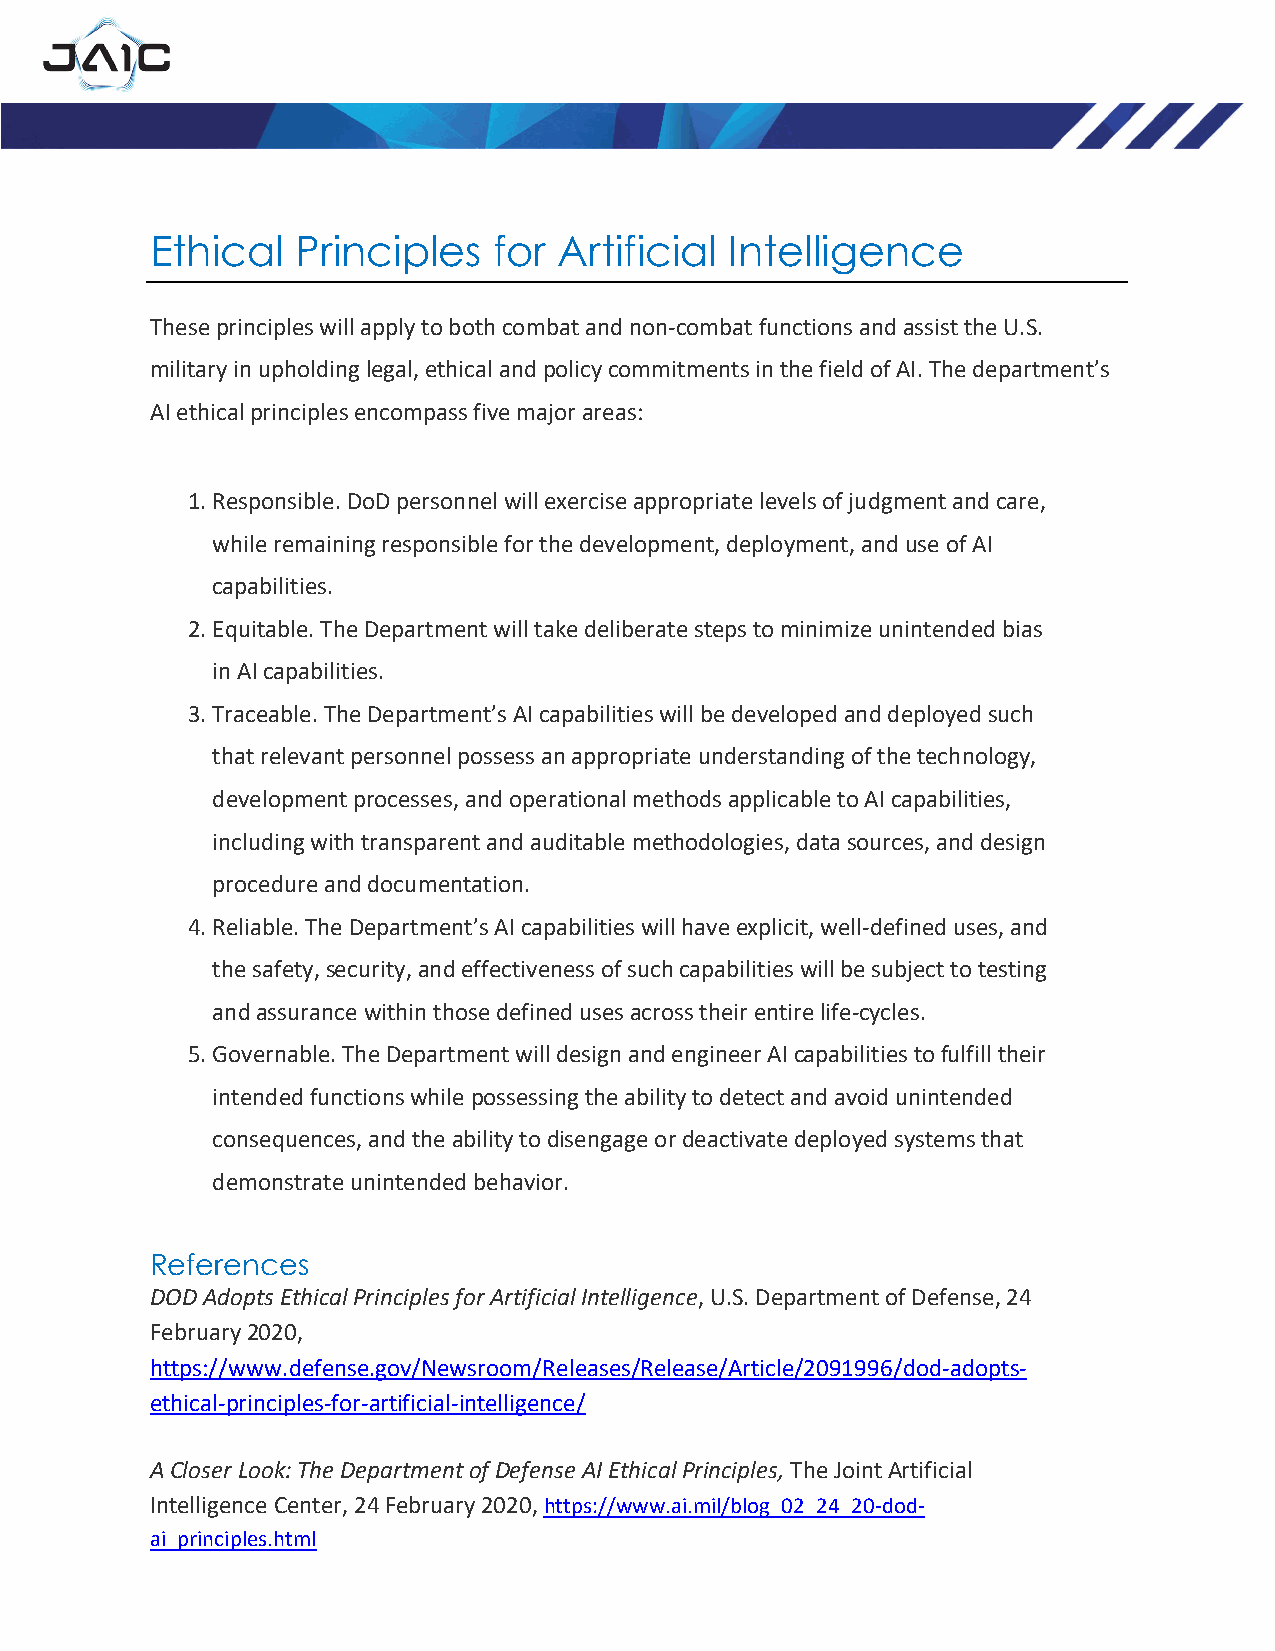
Ethical   Principles   for Artificial Intelligence
 These principles will apply to both combat and non‐combat functions and assist the U.S.
 military in upholding legal, ethical and policy commitments in the field of AI. The department’s
 AI ethical principles encompass five major areas:
 1.Responsible. DoD personnel will exercise appropriate levels of judgment and care,
 while remaining responsible for the development, deployment, and use of AI
 capabilities.
 2.Equitable. The Department will take deliberate steps to minimize unintended bias
 in AI capabilities.
 3.Traceable. The Department’s AI capabilities will be developed and deployed such
 that relevant personnel possess an appropriate understanding of the technology,
 development processes, and operational methods applicable to AI capabilities,
 including with transparent and auditable methodologies, data sources, and design
 procedure and documentation.
 4.Reliable. The Department’s AI capabilities will have explicit, well‐defined uses, and
 the safety, security, and effectiveness of such capabilities will be subject to testing
 and assurance within those defined uses across their entire life‐cycles.
 5.Governable. The Department will design and engineer AI capabilities to fulfill their
 intended functions while possessing the ability to detect and avoid unintended
 consequences, and the ability to disengage or deactivate deployed systems that
 demonstrate unintended behavior.
 References
 DOD Adopts Ethical Principles for Artificial Intelligence, U.S. Department of Defense, 24
 February 2020,
 https://www.defense.gov/Newsroom/Releases/Release/Article/2091996/dod‐adopts‐
 ethical‐principles‐for‐artificial‐intelligence/
 A Closer Look: The Department of Defense AI Ethical Principles, The Joint Artificial
 Intelligence Center, 24 February 2020, https://www.ai.mil/blog_02_24_20‐dod‐
 ai_principles.html